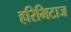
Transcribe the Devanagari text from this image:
हरिमिटाज